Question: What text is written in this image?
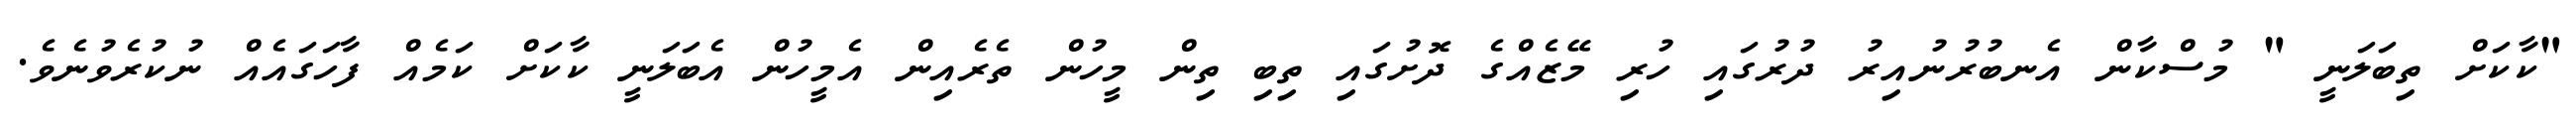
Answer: "ކާކަށް ތިބަލަނީ " މުސްކާން އެނބުރުނުއިރު ދުރުގައި ހުރި މޭޒެއްގެ ދޮށުގައި ތިބި ތިން މީހުން ތެރެއިން އެމީހުން އެބަލަނީ ކާކަށް ކަމެއް ފާހަގައެއް ނުކުރެވުނެވެ.